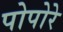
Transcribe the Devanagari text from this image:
पोपोरे